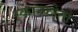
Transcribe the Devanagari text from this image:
स्कान्फोतो